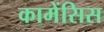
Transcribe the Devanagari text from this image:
कामेंसिस